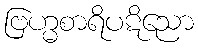
ဗြဟ္မစာရိပဋိညော